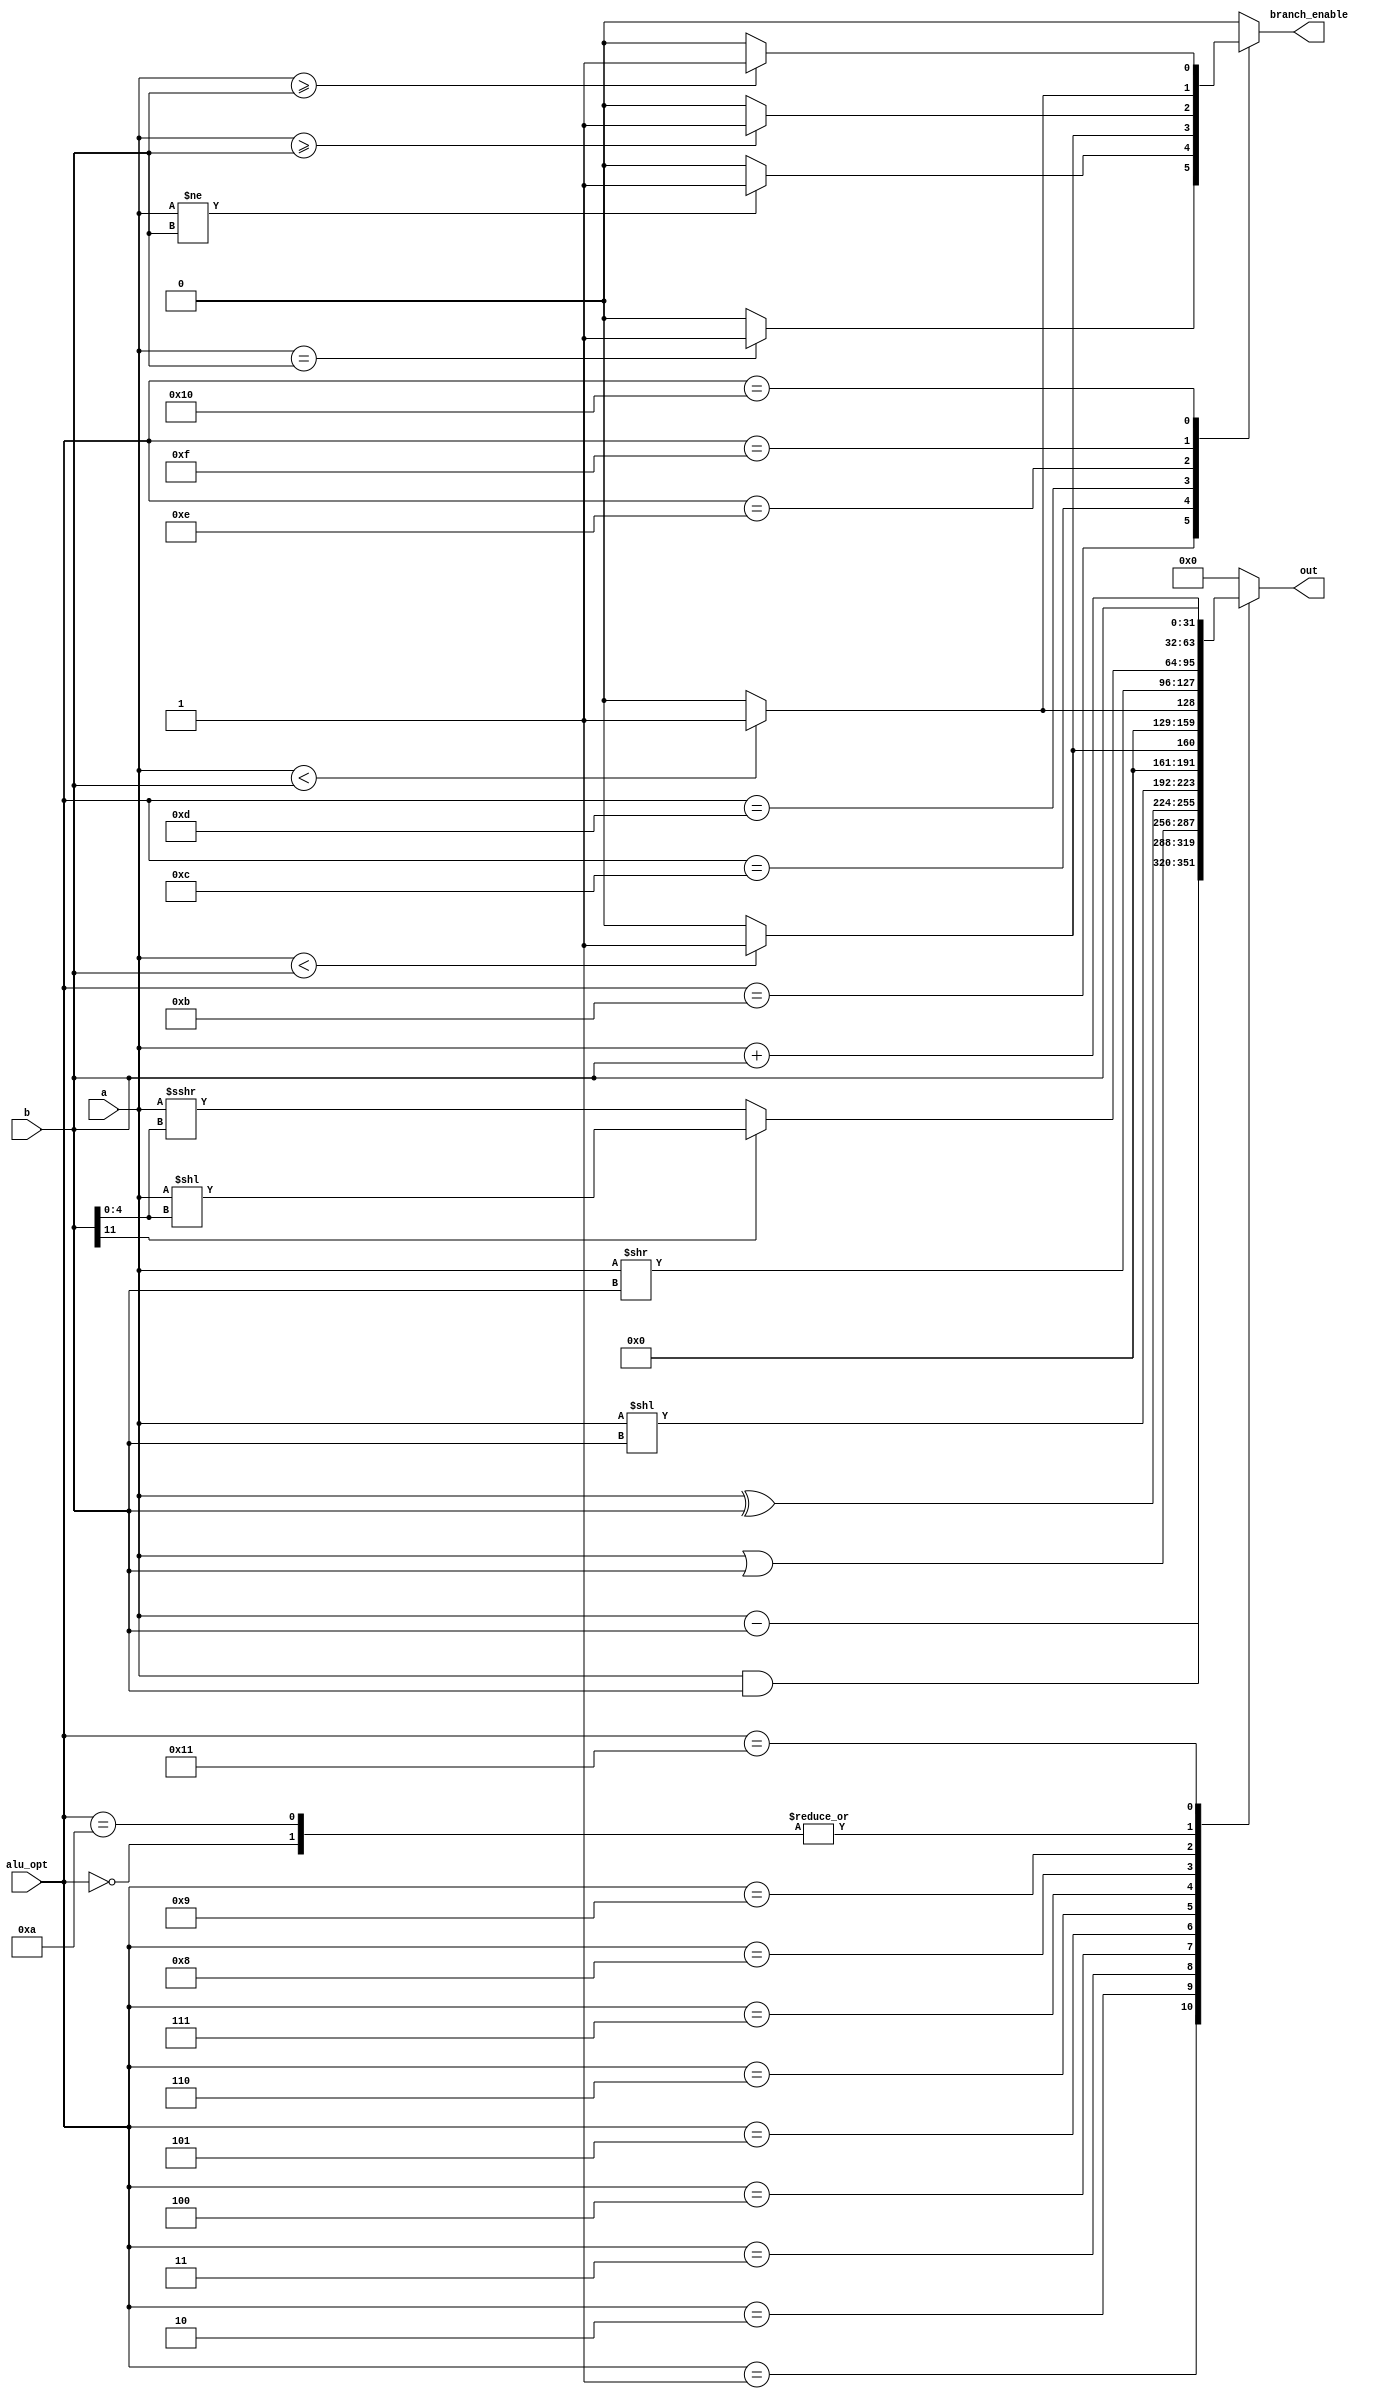
module alu(
    input[4: 0] alu_opt,
    input [31: 0] a, b,

    output reg [31: 0] out, 
    output reg branch_enable
);
always @(*) begin
    branch_enable = 0;
    out = 32'b0;
    case (alu_opt)
        5'b00000: out = a + b;
        5'b00001: out = a - b;
        5'b00010: out = a & b;
        5'b00011: out = a | b;
        5'b00100: out = a ^ b;
        5'b00101: out = a << b;
        5'b00110: out = ($signed(a) < ($signed(b))) ? 32'b1 : 32'b0;
        5'b00111: out = (a < b) ? 32'b1 : 32'b0;
        5'b01000: out = a >> b;
        5'b01001: out = b[11] == 1?  a << b[4:0] : ($signed(a)) >>> b[4:0];
        5'b01010: begin 
            out = a + b;
            // out = out>>2;
        end
        5'b01011: branch_enable = (a == b) ? 1'b1 : 1'b0;
        5'b01100: branch_enable = (a != b) ? 1'b1 : 1'b0;
        5'b01101: branch_enable = ($signed(a) < $signed(b)) ? 1'b1 : 1'b0;
        5'b01110: branch_enable = ($signed(a) >= $signed(b)) ? 1'b1 : 1'b0;
        5'b01111: branch_enable = (a < b) ? 1'b1: 1'b0;
        5'b10000: branch_enable = (a >= b) ? 1'b1: 1'b0;
        5'b10001: out = b ;
        default: out = 32'b0;
    endcase
end
endmodule